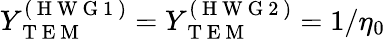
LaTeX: Y_{\mathrm{~T~E~M~}}^{(\mathrm{~H~W~G~1~})}=Y_{\mathrm{~T~E~M~}}^{(\mathrm{~H~W~G~2~})}=1/\eta_{0}